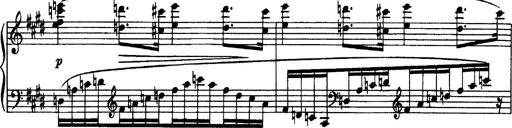
Title: OuvertÃ¼re zu TannhÃ¤user
Composer: Franz Liszt